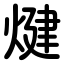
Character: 煡